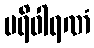
ပရိဝါရဏံ